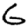
Digit: 6